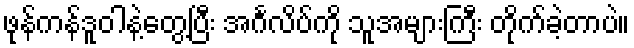
ဖုန်ကန်ဒူဝါနဲ့တွေ့ပြီး အင်္ဂလိပ်ကို သူအများကြီး တိုက်ခဲ့တာပဲ။